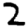
Digit: 2